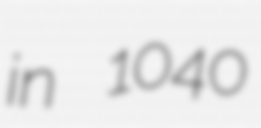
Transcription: in 1040